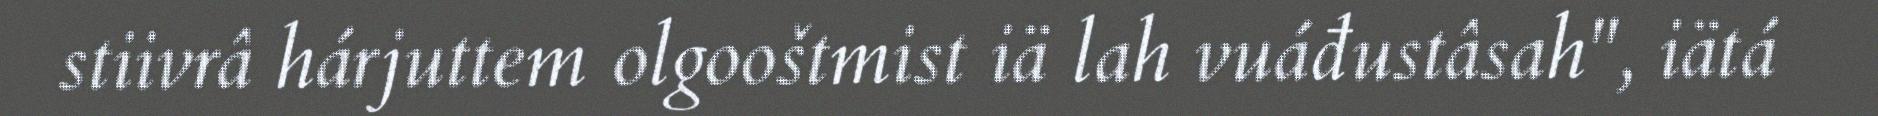
stiivrâ hárjuttem olgooštmist iä lah vuáđustâsah", iätá